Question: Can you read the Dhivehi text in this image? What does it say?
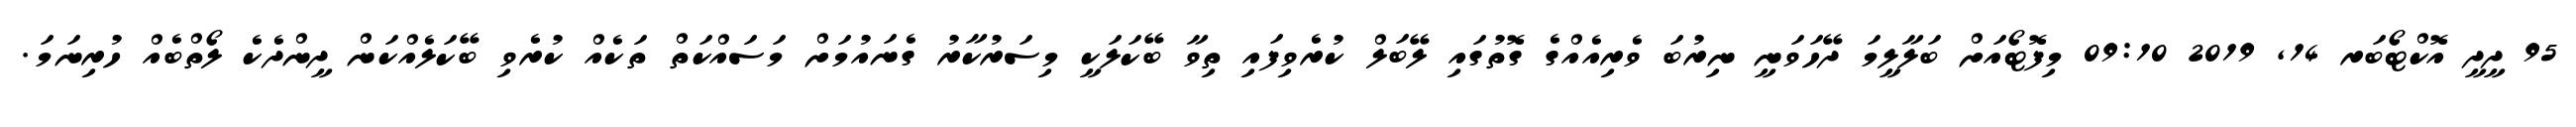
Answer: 95 ދީދީ އޮކްޓޯބަރ 14, 2019 09:10 މިފޮޓޯއަށް ބަލާލީމަ ދޭހަވަނީ ނިރުބަ ވެރިއެއްގެ ގޮތުގައި ލޭބަލް ކުރެވިފައި ތިވާ ބޭކަލަކީ މިސަރުކާރު ގެނައުމަށް މަސައްކަތް ތަކެއް ކުރެވި ބޭކަލެއްކަން ދީންދެކެ ލޯތްބެއް ހުރިނަމަ.